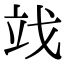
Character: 䇅